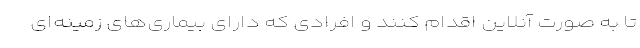
تا به صورت آنلاین اقدام کنند و افرادی که دارای بیماری‌های زمینه‌ای